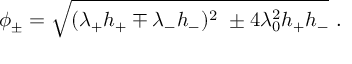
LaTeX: \phi _ { \pm } = \sqrt { ( \lambda _ { + } h _ { + } \mp \lambda _ { - } h _ { - } ) ^ { 2 } \ \pm 4 \lambda _ { 0 } ^ { 2 } h _ { + } h _ { - } } \ .